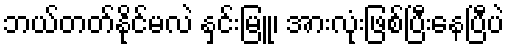
ဘယ်တတ်နိုင်မလဲ နှင်းမြူ၊ အားလုံးဖြစ်ပြီးနေပြီပဲ